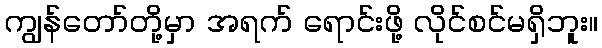
ကျွန်တော်တို့မှာ အရက် ရောင်းဖို့ လိုင်စင်မရှိဘူး။